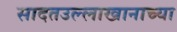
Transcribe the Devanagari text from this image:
सादतउल्लाखानाच्या